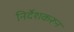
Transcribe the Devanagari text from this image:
निर्देशकरून